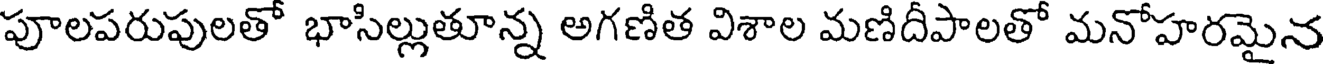
పూలపరుపులతో భాసిల్లుతూన్న అగణిత విశాల మణిదీపాలతో మనోహరమైన